Report on the bubonic plague in Bombay, 1896-1897
Year: 1896
Disease focus: Plague
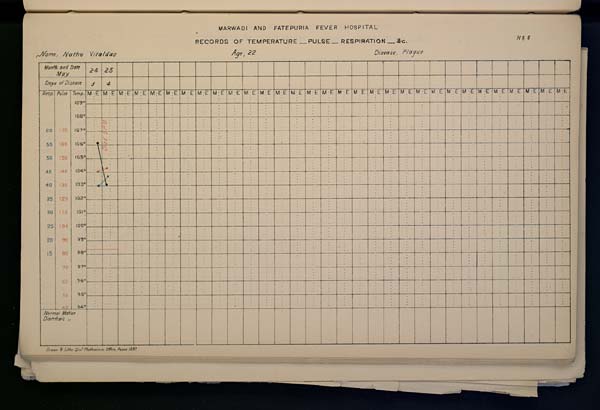
MARWADI
AND
FATEPURIA
FEVER
HOSPITAL
RECORDS OF TEMPERATURE __ PULSE __ RESPIRATION __ &c. No. 6
Name,
Nathu
Vitaldas
Age,
22
Disease,
Plague
Drawn & Litho: Govt. Photozinco: Office, Poona 1897.